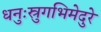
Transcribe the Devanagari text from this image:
धनुःस्रुगभिमेदुरे